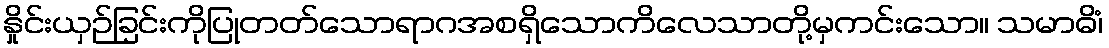
နှိုင်းယှဉ်ခြင်းကိုပြုတတ်သောရာဂအစရှိသောကိလေသာတို့မှကင်းသော။ သမာဓိံ၊